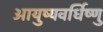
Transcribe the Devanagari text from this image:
आयुष्यवर्धिष्णु